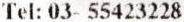
TEL: 03- 55423228